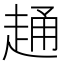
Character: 𧻹